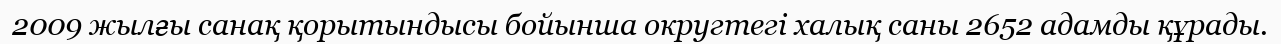
2009 жылғы санақ қорытындысы бойынша округтегі халық саны 2652 адамды құрады.